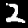
Digit: 2